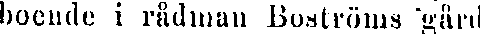
boende i rådinan Boströms gård